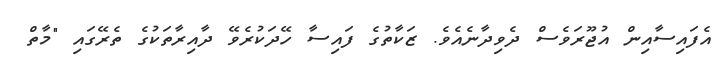
އެފައިސާއިން އުޖޫރަވެސް ދެވިދާނެއެވެ. ޒަކާތުގެ ފައިސާ ހޭދަކުރެވޭ ދާއިރާތަކުގެ ތެރޭގައި "މާތް